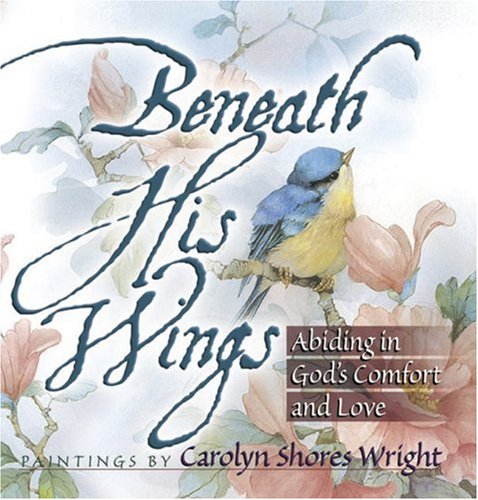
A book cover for Beneath His Wings: Abiding in God's Comfort and Love; Religion & Spirituality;